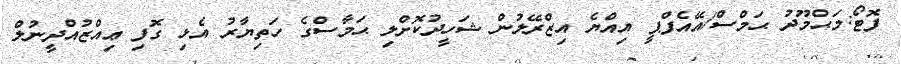
ފޮޓޯ:މަޙްމޫދު ޙަމްސް/އޭއެފްޕީ އިއްޔެ އިޒްރޭލުން ޝަހީދުކޮށްލި ޙަމާސްގެ ހަތިޔާރު އެޅި ގޮފި ޢިއްޒުއްދީނުލް